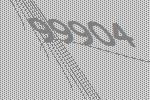
99904